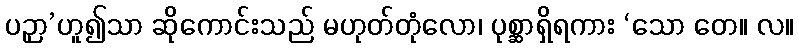
ပဉှာ’ဟူ၍သာ ဆိုကောင်းသည် မဟုတ်တုံလော၊ ပုစ္ဆာရှိရကား ‘သော တေ။ လ။